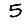
Digit: 5